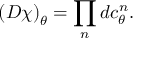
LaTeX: \left( { \cal D } \chi \right) _ { \theta } = \prod _ { n } d c _ { \theta } ^ { n } .